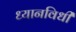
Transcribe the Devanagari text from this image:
ध्यानविधी